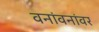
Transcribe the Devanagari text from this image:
वनांवनांवर